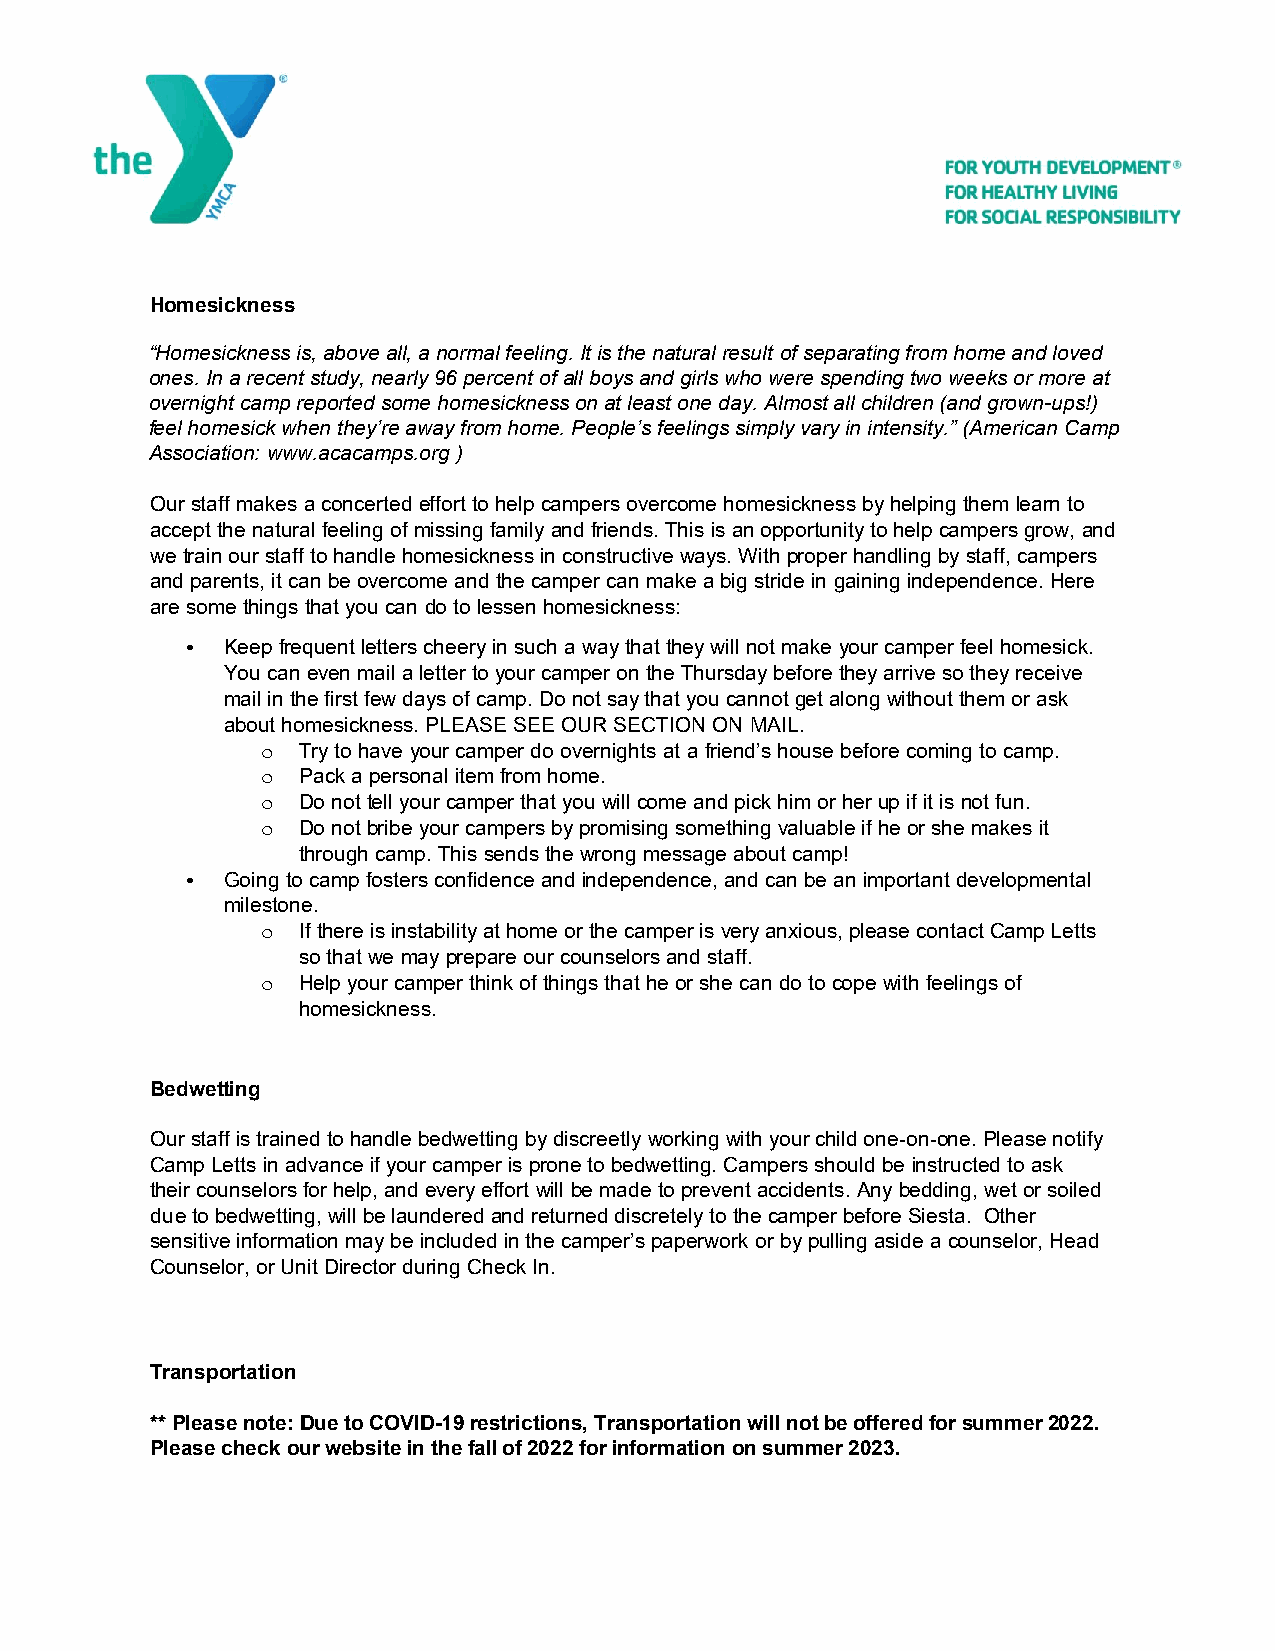
Homesickness
 “Homesickness is, above all, a normal feeling. It is the natural result of separating from home and loved
 ones. In a recent study, nearly 96 percent of all boys and girls who were spending two weeks or more at
 overnight camp reported some homesickness on at least one day. Almost all children (and grown-ups!)
 feel homesick when they’re away from home. People’s feelings simply vary in intensity.” (American Camp
 Association: www.acacamps.org )
 Our staff makes a concerted effort to help campers overcome homesickness by helping them learn to
 accept the natural feeling of missing family and friends. This is an opportunity to help campers grow, and
 we train our staff to handle homesickness in constructive ways. With proper handling by staff, campers
 and parents, it can be overcome and the camper can make a big stride in gaining independence. Here
 are some things that you can do to lessen homesickness:
 •  Keep frequent letters cheery in such a way that they will not make your camper feel homesick.
 You can even mail a letter to your camper on the Thursday before they arrive so they receive
 mail in the first few days of camp. Do not say that you cannot get along without them or ask
 about homesickness. PLEASE SEE OUR SECTION ON MAIL.
 o  Try to have your camper do overnights at a friend’s house before coming to camp.
 o  Pack a personal item from home.
 o  Do not tell your camper that you will come and pick him or her up if it is not fun.
 o  Do not bribe your campers by promising something valuable if he or she makes it
 through camp. This sends the wrong message about camp!
 •  Going to camp fosters confidence and independence, and can be an important developmental
 milestone.
 o  If there is instability at home or the camper is very anxious, please contact Camp Letts
 so that we may prepare our counselors and staff.
 o  Help your camper think of things that he or she can do to cope with feelings of
 homesickness.
 Bedwetting
 Our staff is trained to handle bedwetting by discreetly working with your child one-on-one. Please notify
 Camp Letts in advance if your camper is prone to bedwetting. Campers should be instructed to ask
 their counselors for help, and every effort will be made to prevent accidents. Any bedding, wet or soiled
 due to bedwetting, will be laundered and returned discretely to the camper before Siesta. Other
 sensitive information may be included in the camper’s paperwork or by pulling aside a counselor, Head
 Counselor, or Unit Director during Check In.
 Transportation
 ** Please note: Due to COVID-19 restrictions, Transportation will not be offered for summer 2022.
 Please check our website in the fall of 2022 for information on summer 2023.